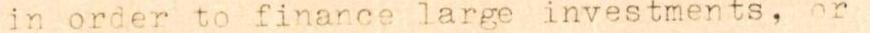
in order to finance large investments, or